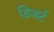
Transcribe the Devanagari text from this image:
डिजर्ट